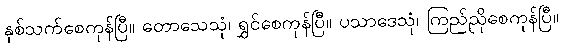
နှစ်သက်စေကုန်ပြီ။ တောသေသုံ၊ ရွှင်စေကုန်ပြီ။ ပသာဒေသုံ၊ ကြည်ညိုစေကုန်ပြီ။